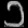
Digit: ၁